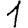
Digit: 1